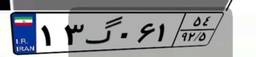
۸۲گ۸۱۹۱۴